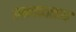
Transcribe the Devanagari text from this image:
लगत्वरूप